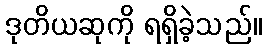
ဒုတိယဆုကို ရရှိခဲ့သည်။